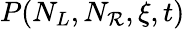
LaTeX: P(N_{L},N_{\mathcal{R}},\xi,t)